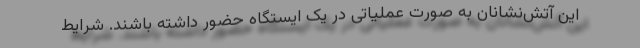
این آتش‌نشانان به صورت عملیاتی در یک ایستگاه حضور داشته باشند. شرایط